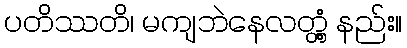
ပတိဿတိ၊ မကျဘဲနေလတ္တံ့ နည်း။